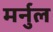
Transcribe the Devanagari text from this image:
मर्नुल